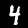
Label: 4